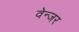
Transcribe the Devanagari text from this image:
वेन्जर